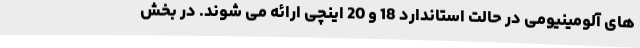
های آلومینیومی در حالت استاندارد 18 و 20 اینچی ارائه می شوند. در بخش